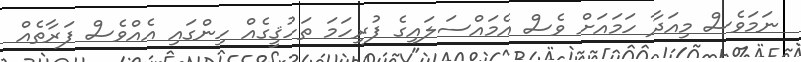
ނަމަވެސް މިއަދާ ހަމައަށް ވެސް އެމައްސަލައިގެ ފުރިހަމަ ތަހުޤީގެއް ހިންގައި އެއްވެސް ފަރާތެއް